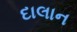
દાલાન